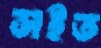
সইত